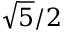
{ \sqrt { 5 } } / 2